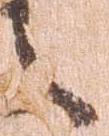
之